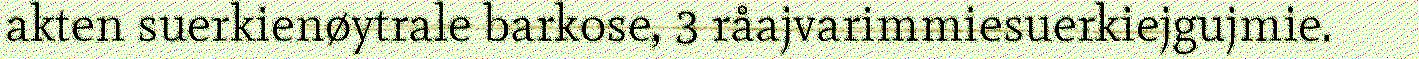
akten suerkienøytrale barkose, 3 råajvarimmiesuerkiejgujmie.